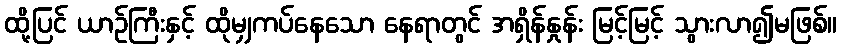
ထို့ပြင် ယာဉ်ကြီးနှင့် ထိုမျှကပ်နေသော နေရာတွင် အရှိန်နှုန်း မြင့်မြင့် သွားလာ၍မဖြစ်။